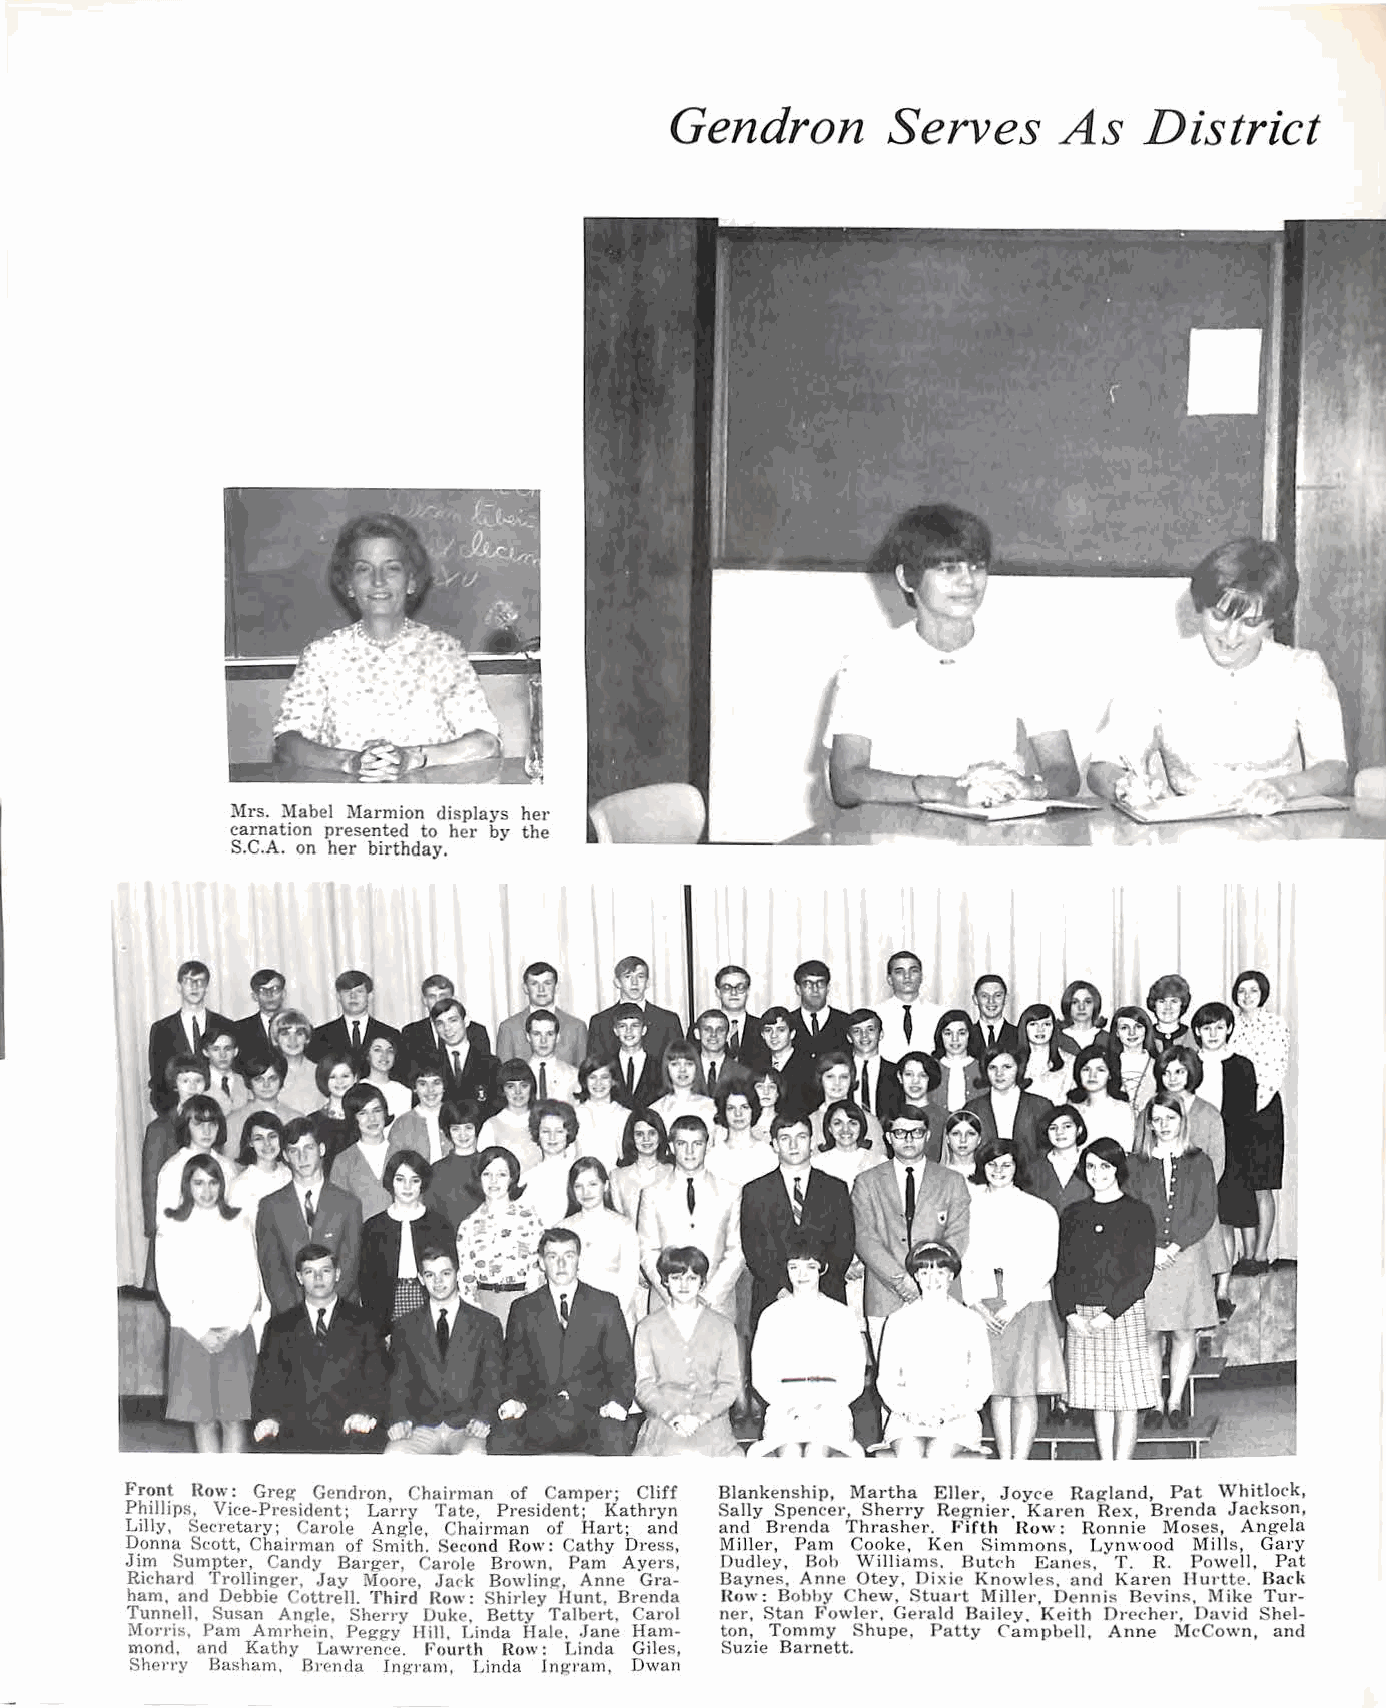
Gendron       Serves      As   District
 )lrs. Mabel l\larmion displays her
 carnation presented to her by the
 S.C.A. on her birthday.
 Fr<?n~ Row.: Greg Gendron, Chairman of Camper; Cliff Blankenship, Martha Eller, Joyce Ragland, Pat Whitlock,
 Phillips, Vice-President; Lany Tat':!, President; Kathryn Sally Spencer, Sherry Regnier. Karen Rex, Brenda Jackson,
 Lilly, Secretary; Carole Angle, Chairman of Hart; and and Brenda Thrasher. Fifth Row: Ronnie Moses, Angela
 Donna Scott, Chairman of Smith. Second Row: Cathy Dress, Miller, Pam Cooke, Ken Simmons, Lynwood Mills, Gary
 Jim Sumpter, Candy Barger, Carole Brown. Pam Ayers, Dudley, Boh Williams. Butch Eanes. T. R. Powell, Pat
 Richard Trollinger, Jay Moore, Jac·k Bowling, Anne Gra Baynes, Anne Otey, Dixie Knowles. and Karen Hurtte. Rack
 ham, and Debbie Cottrell. Third Row: Shirley Hunt, Brenda Row: Bobhy Chew. Stuart Miller, Dennis Bevins. Mike Tur
 Tunnell, Susan Angle, Sheny Duke. Betty Talbert, Carol ner, Stan Fowler, Gerald Bailey. Keith Drether, David Shel
 Monis, Pam Amrhein, Peggy Ilill, Linda Hale ..J ane Ham ton, Tommy Shupe, Patty Campbell, Anne McCown, and
 mond, and Kathy Lawrence. Fourth Row: Linda Giles, Suzie Barnett.
 Sherry Basham, Bnmda Ing-ram, Linda Ingram, Dwan